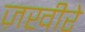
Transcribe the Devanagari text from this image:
ज़खीरे